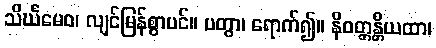
သိင်္ဃမေဝ၊ လျင်မြန်စွာပင်။ ပတွာ၊ ရောက်၍။ နိဝတ္တန္တိယထာ၊